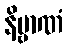
နိဗ္ဗာဏံ